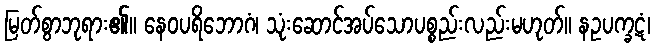
မြတ်စွာဘုရား၏။ နေဝပရိဘောဂံ၊ သုံးဆောင်အပ်သောပစ္စည်းလည်းမဟုတ်။ နဥပက္ခဋံ၊